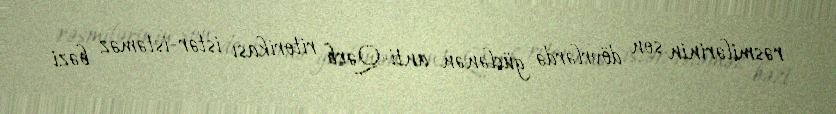
rəsmilərinin son dövrlərdə güclənən anti-Qərb ritorikası istər-istəməz bəzi